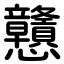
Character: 戇